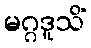
မဂ္ဂဒူသိံ